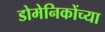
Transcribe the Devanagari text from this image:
डोमेनिकोंच्या